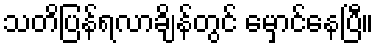
သတိပြန်ရလာချိန်တွင် မှောင်နေပြီ။